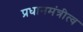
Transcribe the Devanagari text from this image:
प्रधानमंत्रीत्व